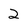
Character: 2